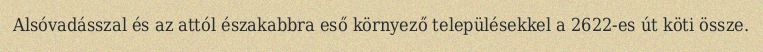
Alsóvadásszal és az attól északabbra eső környező településekkel a 2622-es út köti össze.